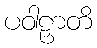
ပဝါဠှာတိ